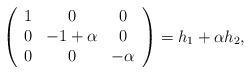
LaTeX: \begin{align*}\begin{array}{llllllllll}\left(\begin{array}{ccc}1 & 0& 0 \\ 0 & -1+\alpha & 0 \\ 0& 0 & -\alpha\end{array}\right)=h_1+\alpha h_2,\end{array}\end{align*}